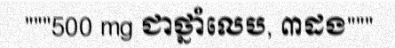
"""500 mg ជាថ្នាំលេប, ៣ដង"""